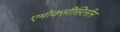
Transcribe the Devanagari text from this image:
एमॉक्सीसिलीन